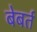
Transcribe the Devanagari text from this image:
बेबर्त